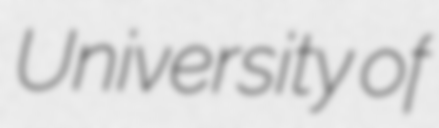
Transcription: University of